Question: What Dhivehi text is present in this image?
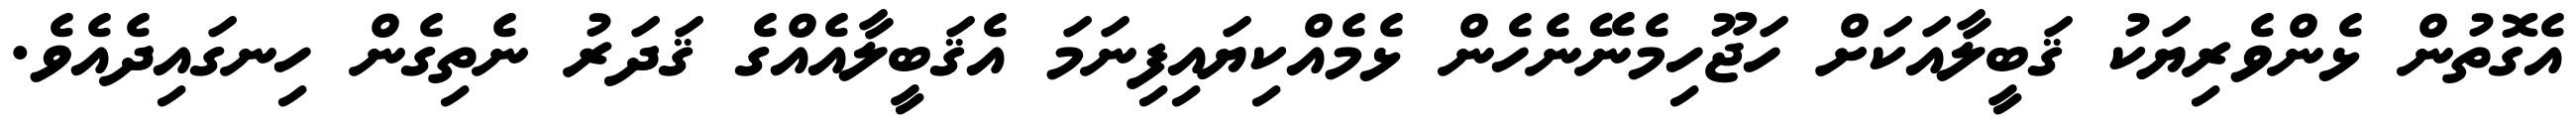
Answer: އެގޮތުން ޅެންވެރިޔަކު ޤަބީލާއަކަށް ހަޖޫހިމެނޭނެހެން ޅެމެއްކިޔައިފިނަމަ އެޤަބީލާއެއްގެ ޤަދަރު ނެތިގެން ހިނގައިދެއެވެ.